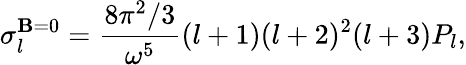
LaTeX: \sigma_{l}^{\mathbf{B}=0}={\frac{{8\pi^{2}/3}}{{\omega^{5}}}}(l+1)(l+2)^{2}(l+3)P_{l},